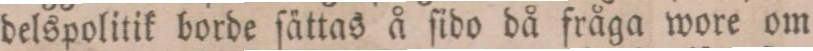
delspolitik borde ſättas å ſido då fråga wore om